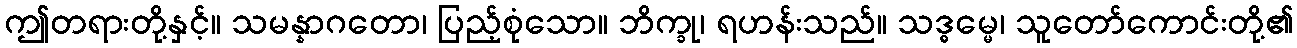
ဤတရားတို့နှင့်။ သမန္နာဂတော၊ ပြည့်စုံသော။ ဘိက္ခု၊ ရဟန်းသည်။ သဒ္ဓမ္မေ၊ သူတော်ကောင်းတို့၏